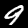
Label: 9